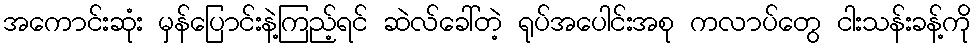
အကောင်းဆုံး မှန်ပြောင်းနဲ့ကြည့်ရင် ဆဲလ်ခေါ်တဲ့ ရုပ်အပေါင်းအစု ကလာပ်တွေ ငါးသန်းခန့်ကို